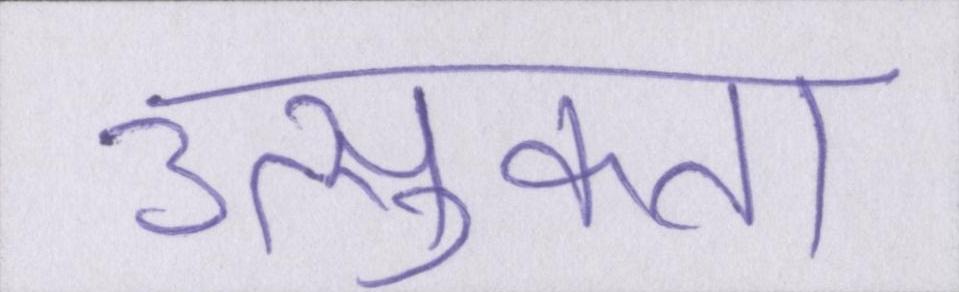
उत्सुकता